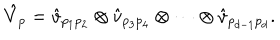
\hat { V } _ { p } = \hat { v } _ { p _ { 1 } p _ { 2 } } \otimes \hat { v } _ { p _ { 3 } p _ { 4 } } \otimes \cdots \otimes \hat { v } _ { p _ { d - 1 } p _ { d } } .